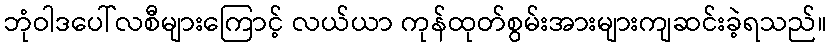
ဘုံဝါဒပေါ်လစီများကြောင့် လယ်ယာ ကုန်ထုတ်စွမ်းအားများကျဆင်းခဲ့ရသည်။